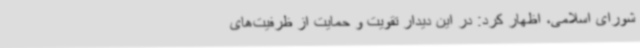
شورای اسلامی، اظهار کرد: در این دیدار تقویت و حمایت از ظرفیت‌های